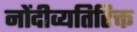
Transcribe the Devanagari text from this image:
नोंदीव्यतिरिक्त